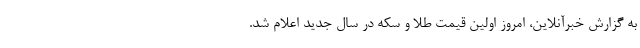
به گزارش خبرآنلاین، امروز اولین قیمت طلا و سکه در سال جدید اعلام شد.